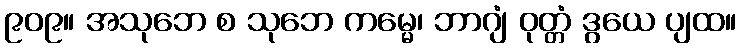
၉၀၉။ အသုဘေ စ သုဘေ ကမ္မေ၊ ဘာဂျံ ဝုတ္တံ ဒွယေ ပျထ။